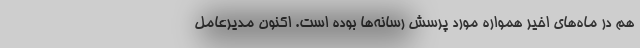
هم در ماه‌های اخیر همواره مورد پرسش رسانه‌ها بوده است. اکنون مدیرعامل